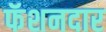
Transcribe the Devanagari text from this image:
फॅशनदार